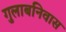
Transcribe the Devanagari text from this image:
गुलाबनिवास